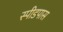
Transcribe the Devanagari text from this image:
स्पीडपास